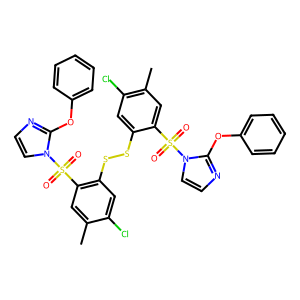
SMILES: Cc1cc(S(=O)(=O)n2ccnc2Oc2ccccc2)c(SSc2cc(Cl)c(C)cc2S(=O)(=O)n2ccnc2Oc2ccccc2)cc1Cl
Inhibits HIV replication: No